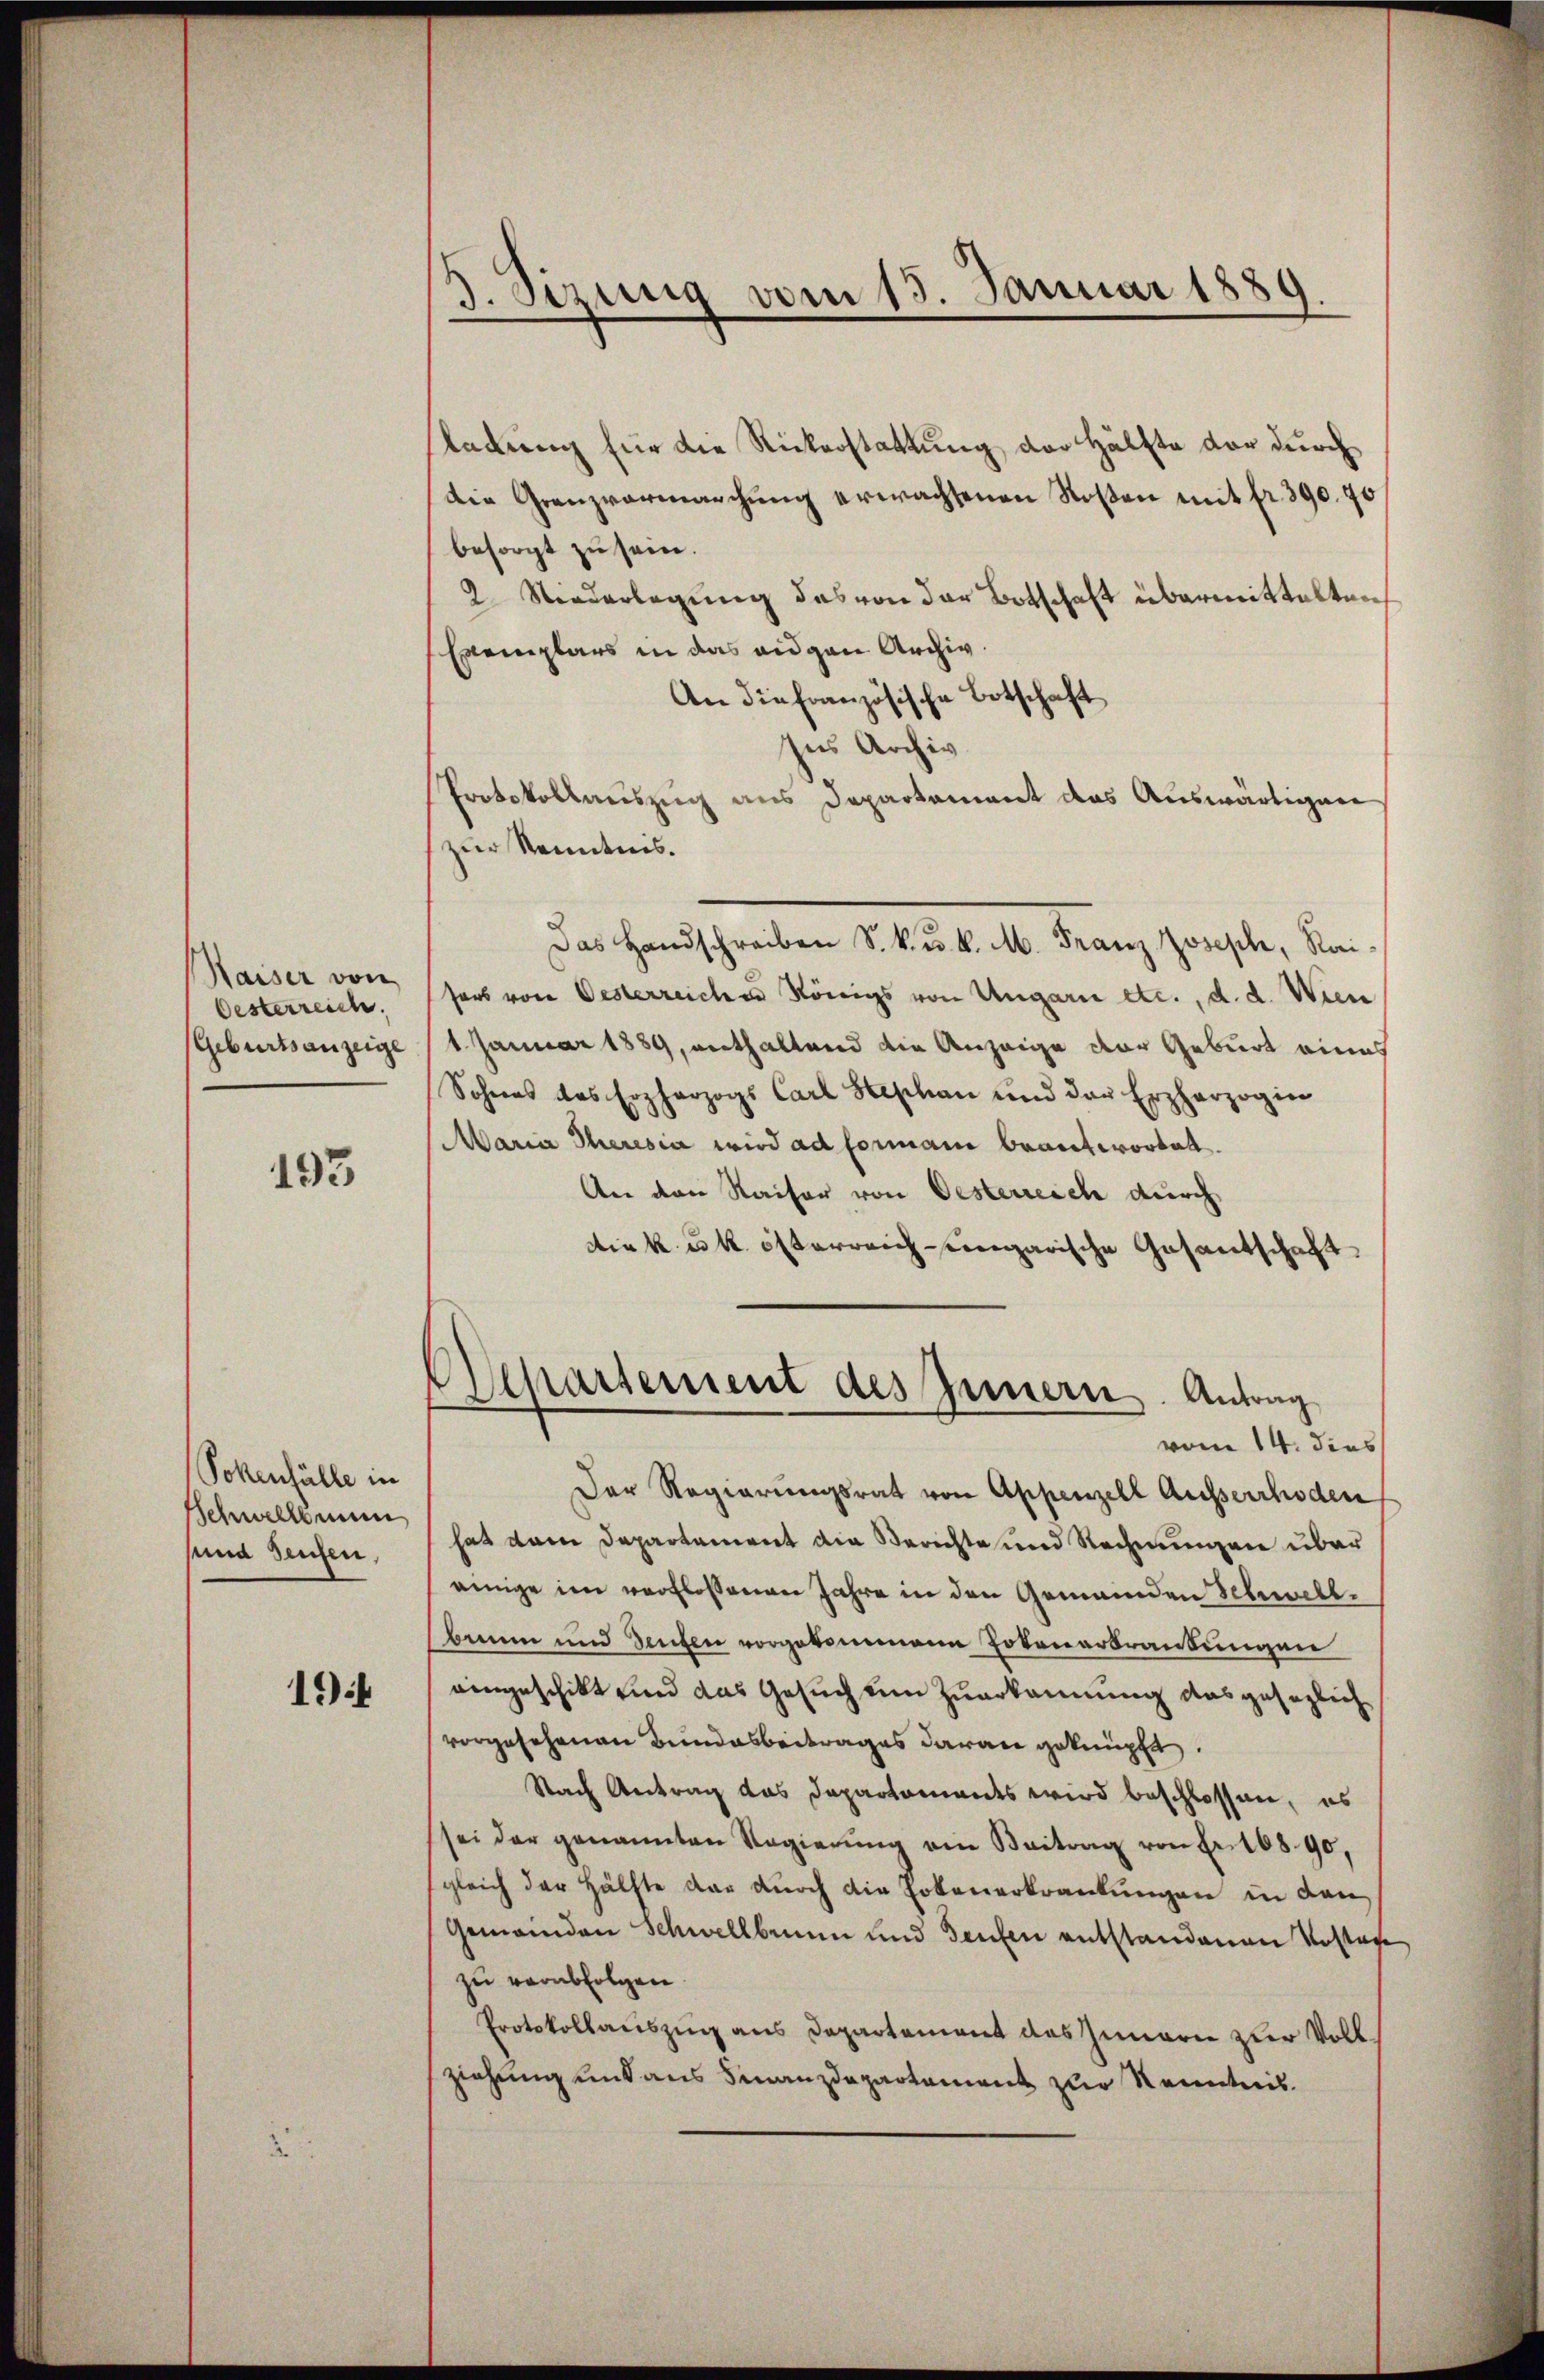
Haiser von
Oesterreich.
Geburtsanzeige

193

Sokenfälle in
Schwellbernen
sund Seuchen,

194

J. Sizung vom 15. Januar 1889

sladung für die Rickerstattung der Hälfte der durch
Die Grenzvermarchŭng erwachsenen Rosen mit fr. 390. 90
besorgt zu sein.
2. Niederlegung das von der Botschaft übermittalten
Exemplars in das eigen Archiv
An die Französische Botschaft
Ius Archiv
Protokollauszug aus Departament das Auswärtigung
zur Kenntnis.
Das Handschreiben S. k. u. k. M. Franz Joseph, Raisers von Oesterreichen Königs von Ungari etc., d. d. Wien
1. Januar 1889, enthaltend die Anzeige der Geburt eines
Sohnes des Erzherzogs Carl Hephan und der Erzherzogin
Maria Theresia wird ad Formani beantwortet.
An den Kaiser von Oesterreich durch
die k. k. österreich eingarische Gesantschaft
Aepartement des Innern. Antrag
vom 14. dies
Der Regierungsrat von Appenzell Ausserrhoden
hat dem Departement die Berichte und Rechnungen über
einige im verflossenen Jahre in den Gemeinden Schwellbium und Deuchen vorgekommene Totenerbrankungen
aengeschikt und das Gesuch eine Zuerkannung das gesezlich
vorgesehenen Bundesbeitrages daran geknüpft.
Nach Antrag das Departaments wird beschlossen, es
sei der genannten Regierŭng ein Beitrag von Fr. 10890.
gleich der Hälfte dar durch die Erbenerkrankungen in den
Gemeinden Schwellbrunn und Teufen entstandenen Kostage
zu verabfolgen.
Protokollauszug aus Departement das Zunarie zur Vollziehung mit aus Finanzdepartement zur Kenntnis.